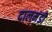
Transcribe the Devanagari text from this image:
दालमंडी